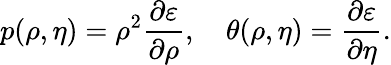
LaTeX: p(\rho,\eta)=\rho^{2}\frac{\partial\varepsilon}{\partial\rho},\quad\theta(\rho,\eta)=\frac{\partial\varepsilon}{\partial\eta}.